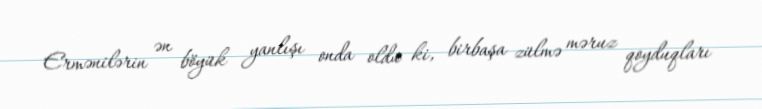
Ermənilərin ən böyük yanlışı onda oldu ki, birbaşa zülmə məruz qoyduqları